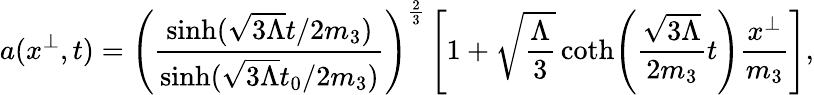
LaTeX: a(x^{\perp},t)=\left(\frac{\sinh(\sqrt{3\Lambda}t/2m_{3})}{\sinh(\sqrt{3\Lambda}t_{0}/2m_{3})}\right)^{\frac{2}{3}}\left[1+\sqrt{\frac{\Lambda}{3}}\coth\! \left(\frac{\sqrt{3\Lambda}}{2m_{3}}t\right)\frac{x^{\perp}}{m_{3}}\right],